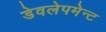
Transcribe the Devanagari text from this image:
डेवलेपमेन्ट